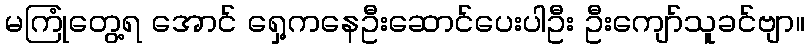
မကြုံတွေ့ရ အောင် ရှေ့ကနေဦးဆောင်ပေးပါဦး ဦးကျော်သူခင်ဗျာ။